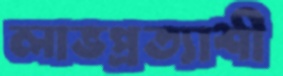
লাভপ্রত্যাশী